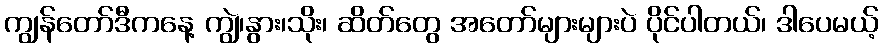
ကျွန်တော်ဒီကနေ့ ကျွဲ၊နွား၊သိုး၊ ဆိတ်တွေ အတော်များများပဲ ပိုင်ပါတယ်၊ ဒါပေမယ့်